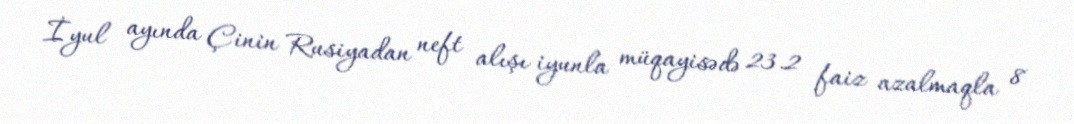
İyul ayında Çinin Rusiyadan neft alışı iyunla müqayisədə 23.2 faiz azalmaqla 8